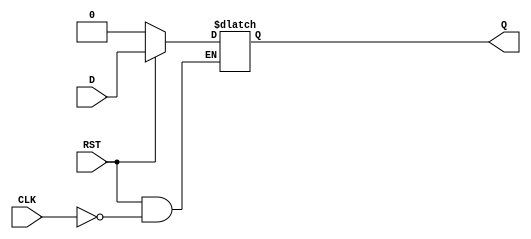
module LATCH3 (CLK,D,Q,RST);
	output Q;
	input CLK,D,RST;
	reg Q;
	always @(D or CLK or RST)
		if(!RST) Q<=0;
	else if (CLK) Q<=D;
endmodule